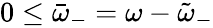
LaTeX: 0\leq\bar{\omega}_{-}=\omega-\tilde{\omega}_{-}